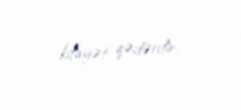
kifayət qədərdir.